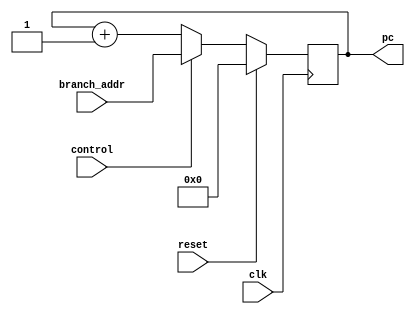
`timescale 1ns / 1ps
//////////////////////////////////////////////////////////////////////////////////
// Company: 
// Engineer: 
// 
// Design Name: 
// Module Name:    pc 
// Project Name: 
// Target Devices: 
// Tool versions: 
// Description: 
//
// Dependencies: 
//
// Revision: 
// Revision 0.01 - File Created
// Additional Comments: 
//
//////////////////////////////////////////////////////////////////////////////////
module prgm_cntr(
    input         clk, //clock signal
	 input         reset,
	 input         control,
	 input [15:0]  branch_addr,
	 output reg [15:0] pc
    );
	 
	 
	 always @(posedge clk)
	 begin
	     if(reset)
		      pc <= 16'd0;
		  else
		  begin
		      if(control)
				   pc <= branch_addr;
				else
				   pc <= pc + 1'd1;
		  end
	 end
	 

endmodule